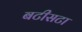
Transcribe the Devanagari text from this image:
बटीसटा